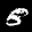
Label: 8